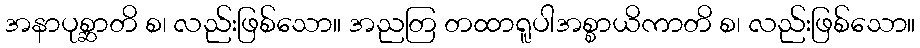
အနာပုစ္ဆာတိ စ၊ လည်းဖြစ်သော။ အညတြ တထာရူပါအစ္စာယိကာတိ စ၊ လည်းဖြစ်သော။